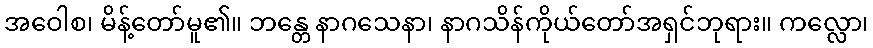
အဝေါစ၊ မိန့်တော်မူ၏။ ဘန္တေ နာဂသေနာ၊ နာဂသိန်ကိုယ်တော်အရှင်ဘုရား။ ကလ္လော၊